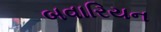
બવારિયન